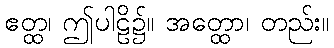
ဧတ္ထ၊ ဤပါဠိ၌။ အတ္ထော၊ တည်း။